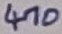
Text: voltage